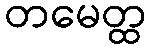
တမေတ္ထ